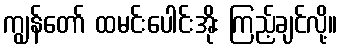
ကျွန်တော် ထမင်းပေါင်းအိုး ကြည့်ချင်လို့။